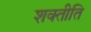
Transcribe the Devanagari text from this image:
शक्तीति